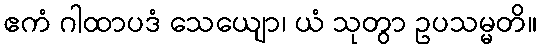
ဧကံ ဂါထာပဒံ သေယျော၊ ယံ သုတွာ ဥပသမ္မတိ။